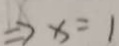
\Rightarrow x = 1